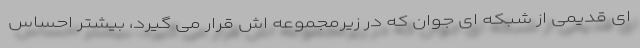
ای قدیمی از شبکه ای جوان که در زیرمجموعه اش قرار می گیرد، بیشتر احساس